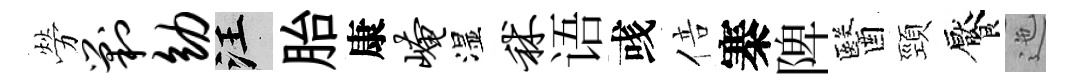
勞剿幼汪胎康崦湿秫语彧倍寨陴醫頸饜迤